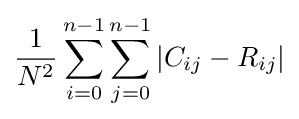
{\frac {1}{N^{2}}}\sum _{i=0}^{n-1}\sum _{j=0}^{n-1}|C_{ij}-R_{ij}|